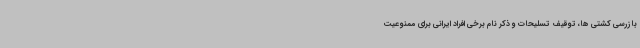
بازرسی کشتی ها، توقیف تسلیحات و ذکر نام برخی افراد ایرانی برای ممنوعیت